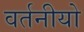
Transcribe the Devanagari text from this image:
वर्तनीयो